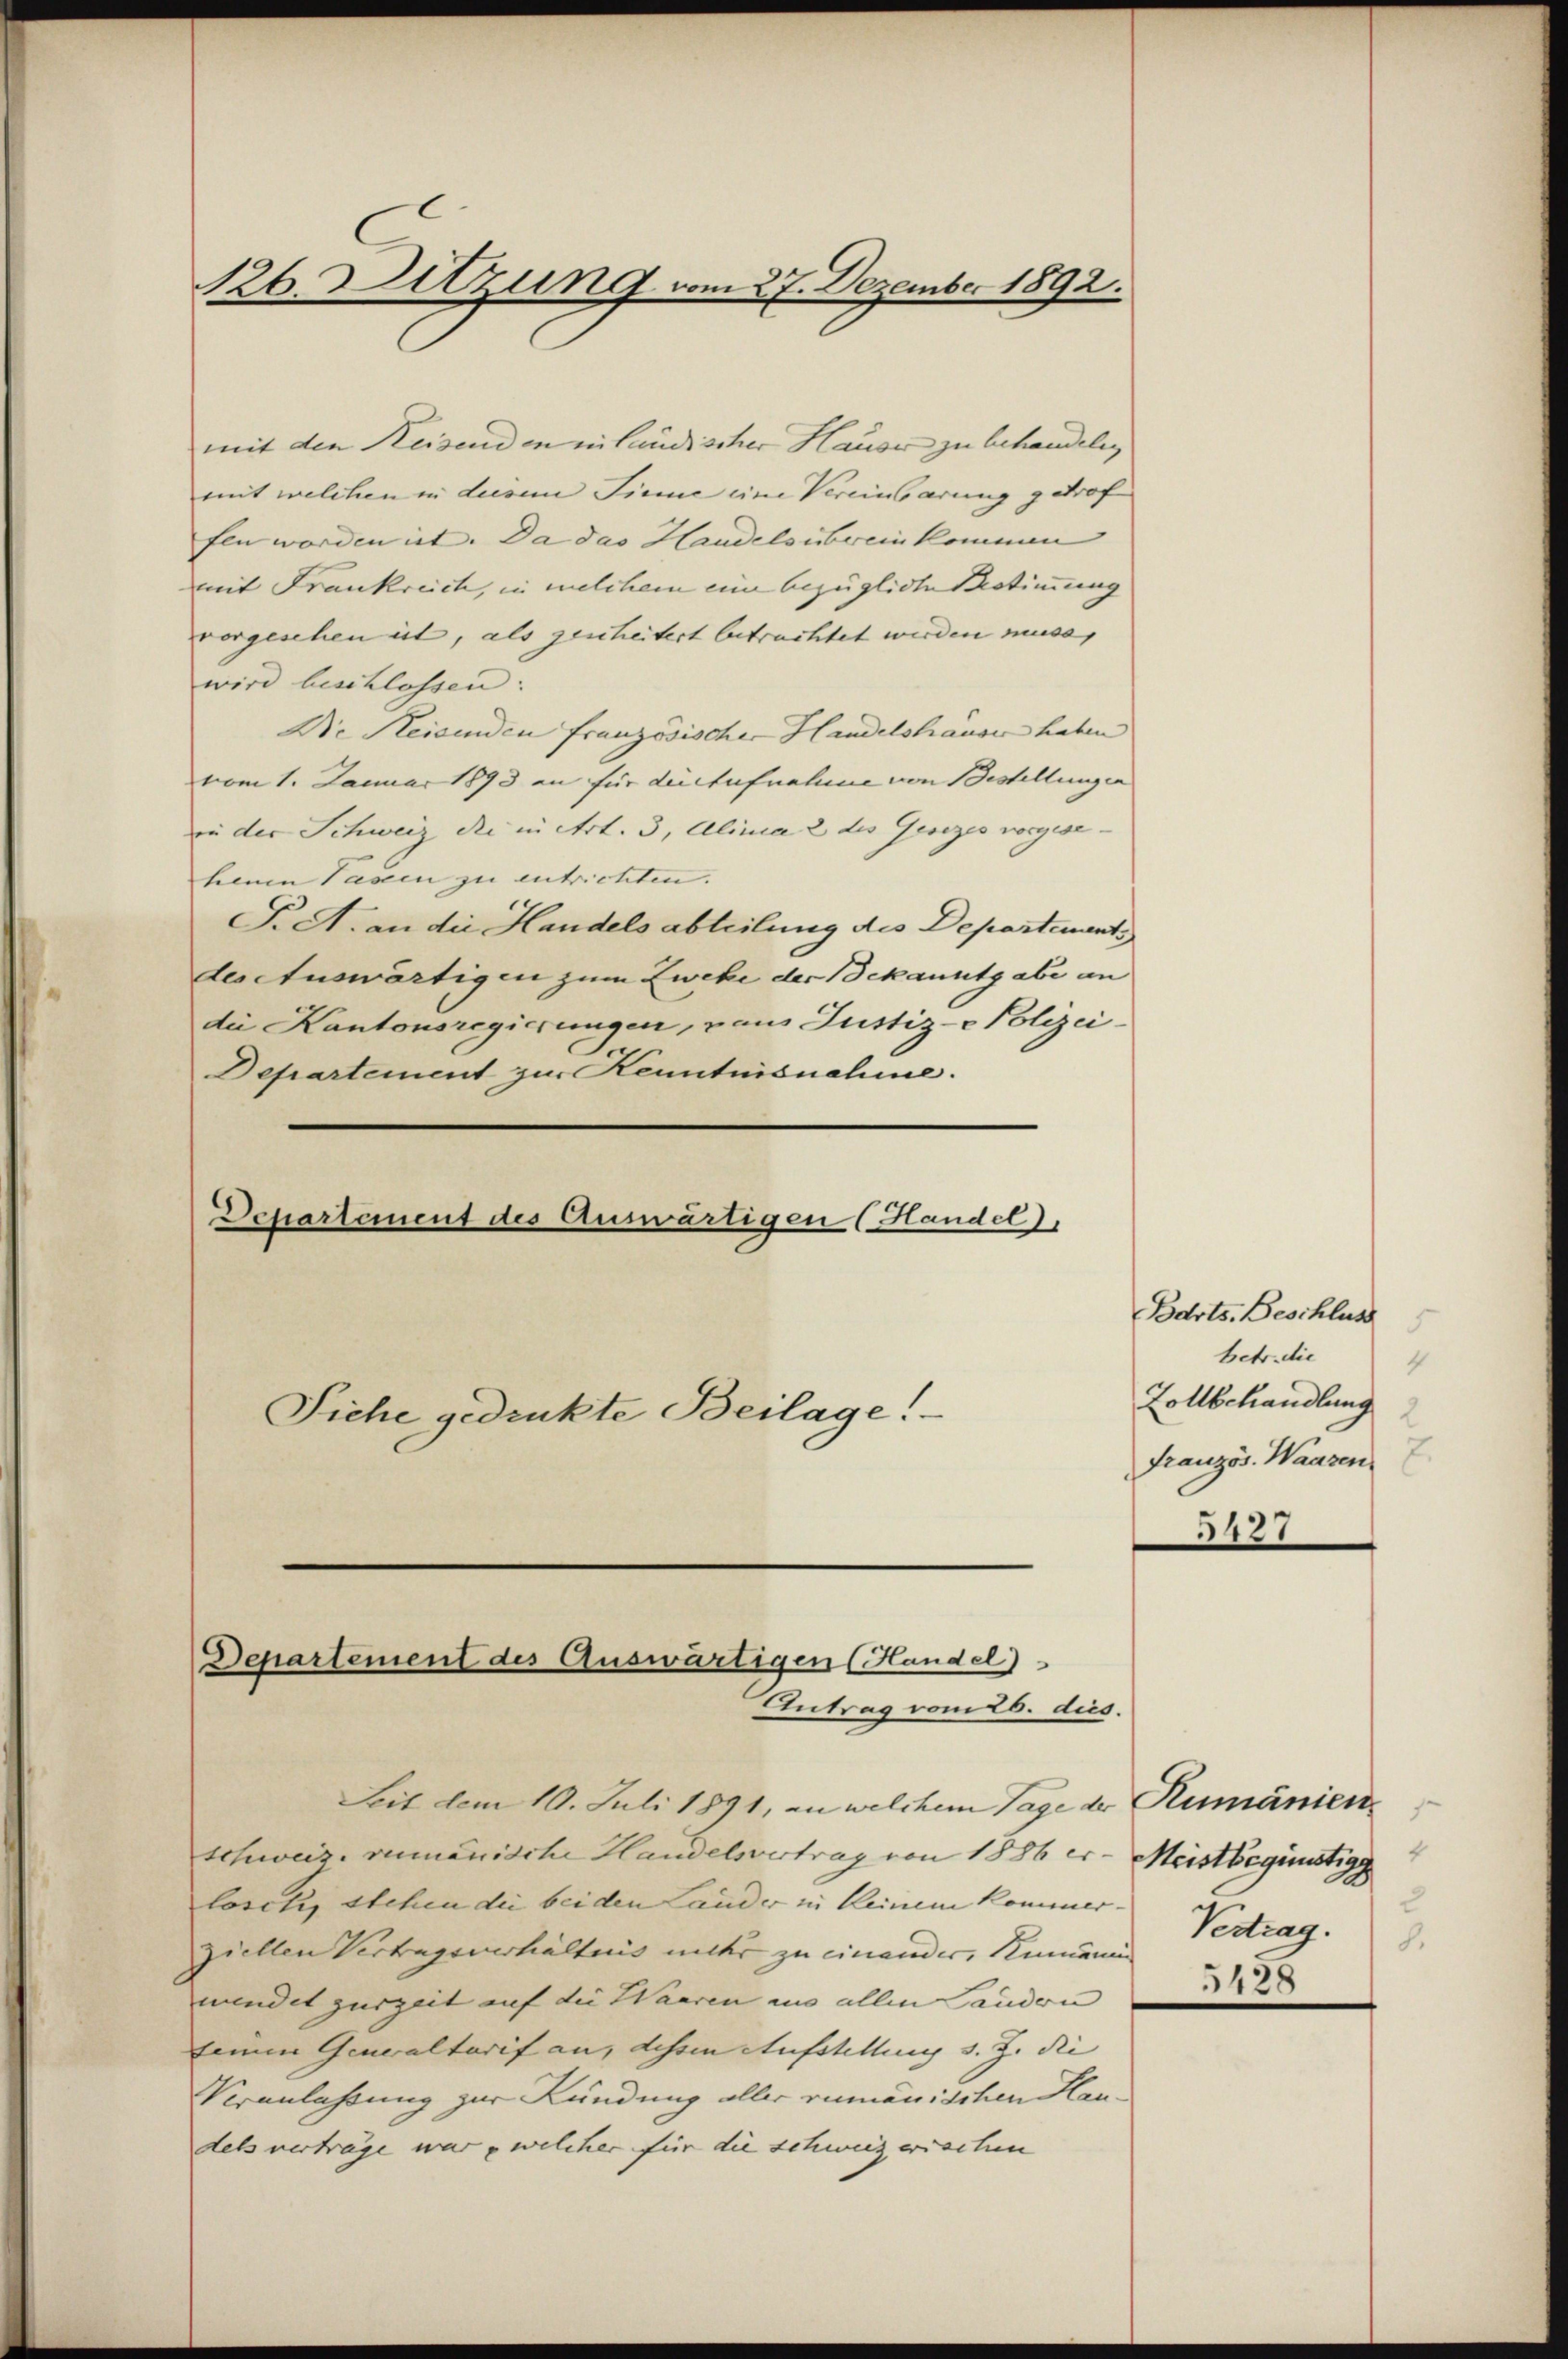
26. Sitzung vom 27. Dezember 1892.

mit den Reisenden inländischer Hauser zu behandeln,
mit welchen in diesem Sinne eine Vereinbarung getrof
fen worden ist. Da das Handels übereinkommen |
mit Frankreich, in welchem eine bezügliche Bestimmung
vorgesehen ist, als zeiheitert betrachtet werden muss,
wird beschlossen:
Die Reisenden französischer Handelshäuser haben
vom 1. Januar 1893 an für die Aufnahme von Bestellungen
in der Schweiz die in Art. 3, Alinea 2 des Gesezes vorgese
heim Pasien zu entrichten.
F. A. an die Handelsabteilung des Departement,
der Auswärtigen zum Zweke der Schauutgabe an
die Kantonsregierungen, vaus Justiz-Polizei-
Departement zur Kenntnisnahme.

Departement des Auswärtigen (Handel
Siehe gedrukte Beilage!

Departement des Auswärtigen (Handel
Antrag vom 26. dies.

Seit dem 10. Juli 1891, an welchem Tage der Rumänien
schweiz, vermanische Handelsvertrag von 1886 er- Meistbegünstig
loset, stehen die bei den Lauder in keinem Kommer-
ziellen Vertragsverhältnis unter zu einander, Romanin
mindet zurzeit auf die Waaren aus allen andern |
keinen Generaltarif an, dessen Aufstellung s. Z. die |
Veranlassung zur Kündung aller rumänischen Haudels verträge war welcher für die schweizerischen

Bdrts. Beschluss
betr. die
4
Vollbehandlung
Französ. Wassen
5427

2
Vertrag.
8.
5428